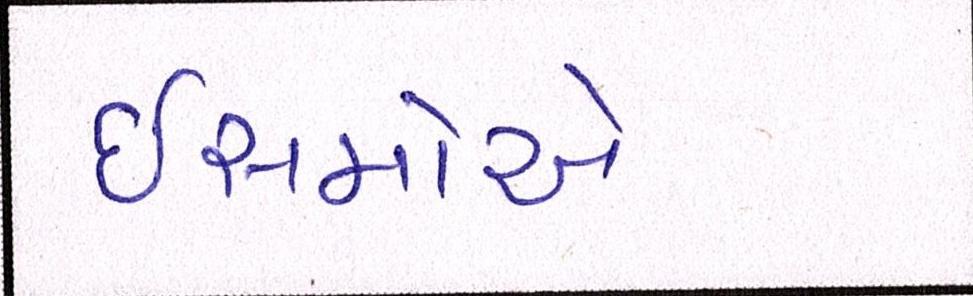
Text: ઈસમોએ